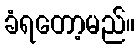
ခံရတော့မည်။